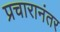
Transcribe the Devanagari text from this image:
प्रचारानंतर